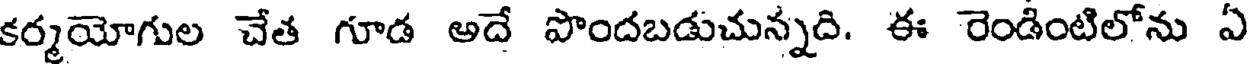
కర్మయోగుల చేత గూడ అదే పొందబడుచున్నది. ఈ రెండింటిలోను ఏ